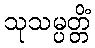
သုသမ္ပတ္တိံ